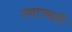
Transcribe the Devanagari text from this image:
एमएचडी